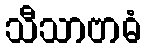
သီသာဗာဓံ